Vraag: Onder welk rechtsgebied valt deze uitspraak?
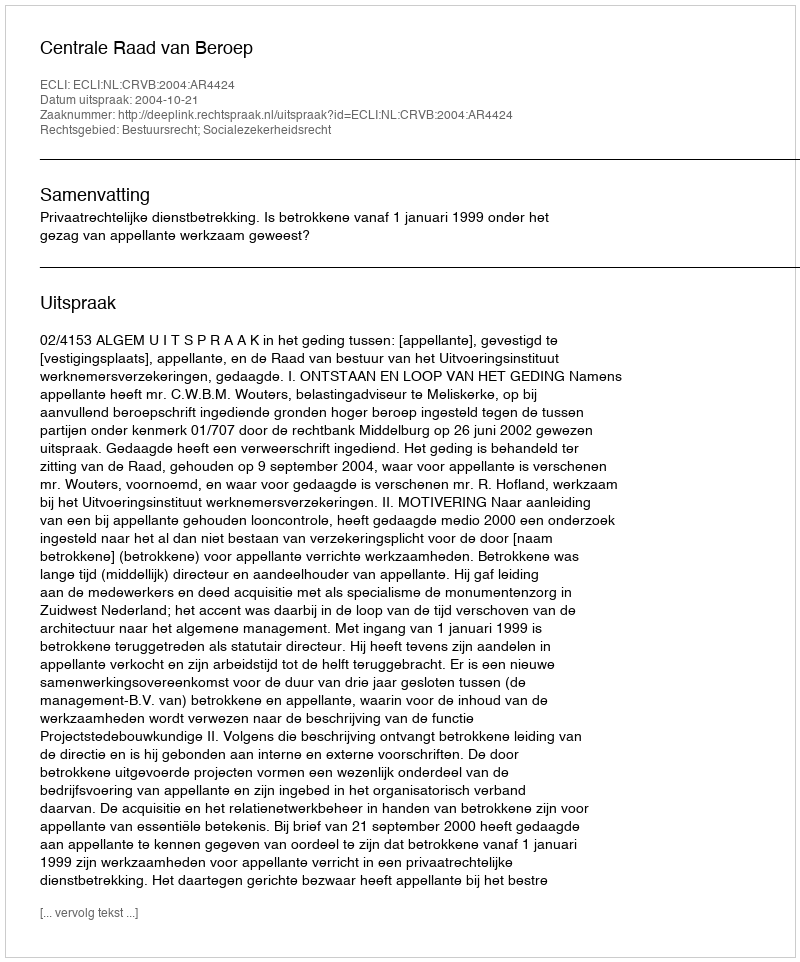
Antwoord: Bestuursrecht; Socialezekerheidsrecht